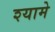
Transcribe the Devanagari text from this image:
श्यामे